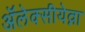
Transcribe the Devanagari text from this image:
ॲलेक्सीयेव्ना